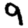
Digit: 9